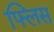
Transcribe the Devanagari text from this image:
फ्लिस